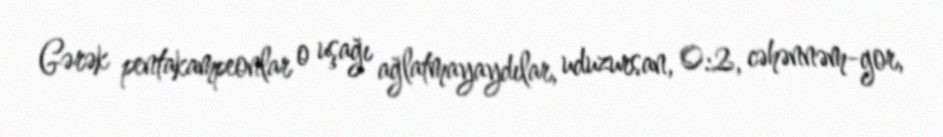
Gərək pentakampeonlar o uşağı ağlatmayaydılar, uduzursan, 0:2, cəhənnəm-gor,